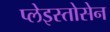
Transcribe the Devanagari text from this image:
प्लेइस्तोसेन